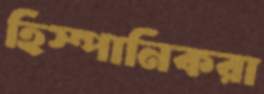
হিস্পানিকরা